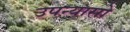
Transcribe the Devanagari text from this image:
उपन्यासो